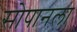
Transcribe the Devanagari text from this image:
सोपानला